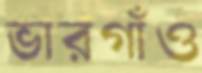
ভারগাঁও